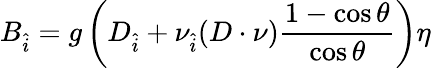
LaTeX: B_{\hat{i}}=g\left(D_{\hat{i}}+\nu_{\hat{i}}(D\cdot\nu)\frac{1-\cos\theta}{\cos\theta}\right)\eta